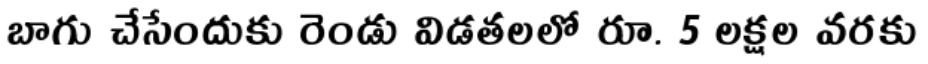
బాగు చేసేందుకు రెండు విడతలలో రూ. 5 లక్షల వరకు